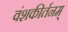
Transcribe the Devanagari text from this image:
वंशकीर्तनम्